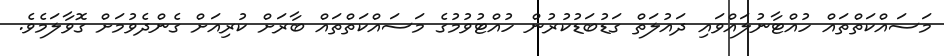
މަސައްކަތްތައް ހުއްޓާނުލައްވައި ދައުލަތް ގަޑުބަޑުކުރުން ހުއްޓުވުމުގެ މަސައްކަތްތައް ބާރަށް ކުރިއަށް ގެންދެވުމަށް ގޮވާލަމެވެ.